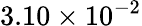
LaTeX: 3.10\times 10^{-2}